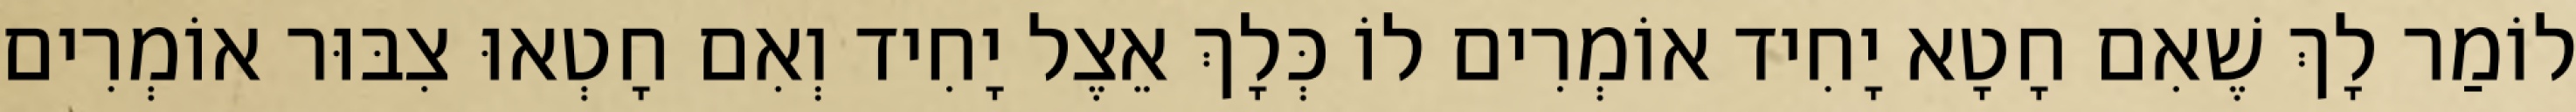
לוֹמַר לָךְ שֶׁאִם חָטָא יָחִיד אוֹמְרִים לוֹ כְּלָךְ אֵצֶל יָחִיד וְאִם חָטְאוּ צִבּוּר אוֹמְרִים